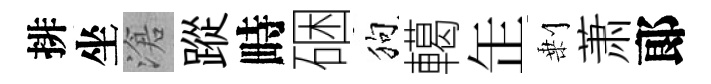
排坐滄蹤畤硱狗轕𦈢剰萧郞